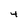
Character: 4